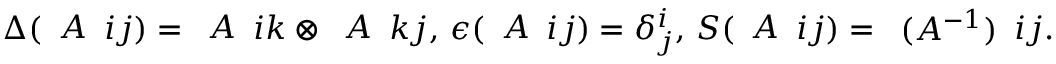
\Delta ( \begin{array} { l } { { A } } \end{array} { i } { j } ) = \begin{array} { l } { { A } } \end{array} { i } { k } \otimes \begin{array} { l } { { A } } \end{array} { k } { j } , \, \epsilon ( \begin{array} { l } { { A } } \end{array} { i } { j } ) = \delta _ { j } ^ { i } , \, S ( \begin{array} { l } { { A } } \end{array} { i } { j } ) = \begin{array} { l } { { ( A ^ { - 1 } ) } } \end{array} { i } { j } .